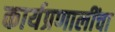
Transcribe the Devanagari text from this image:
कार्यप्रणालींचा